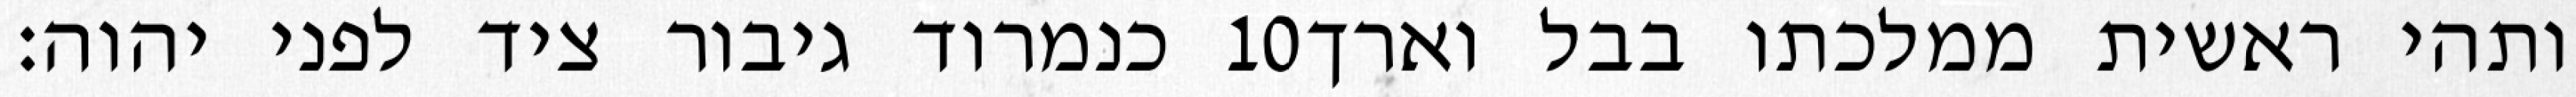
כנמרוד גיבור ציד לפני יהוה׃ ‎10‏ ותהי ראשית ממלכתו בבל וארך